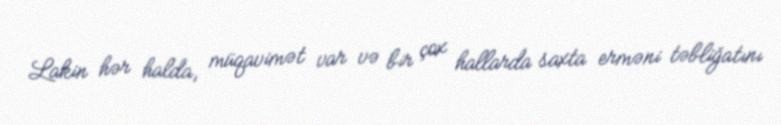
Lakin hər halda, müqavimət var və bir çox hallarda saxta erməni təbliğatını